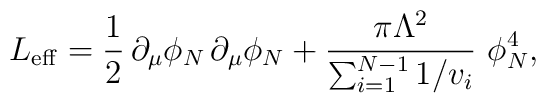
L_{\rm eff}={1\over 2}\, \partial _{\mu}\phi_{N}\, \partial_{\mu}\phi_{N} +{\pi\Lambda ^{2}\over\sum_{i=1}^{N-1}1/v_{i}}\,\, \phi_{N}^{4},